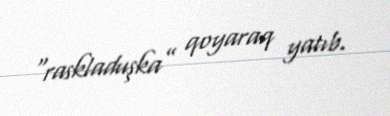
“raskladuşka” qoyaraq yatıb.